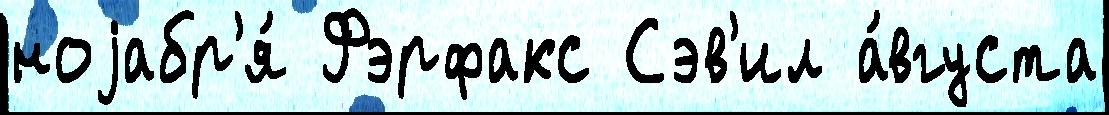
ноjабр'я́ Фэрфакс Сэв'ил а́вгуста